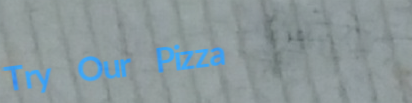
Try Our Pizza